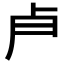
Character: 𭅯